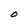
Character: O